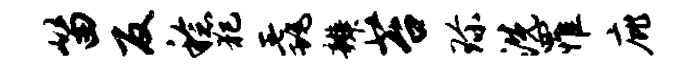
笛反稔犯毳辨苔珍洗罹庇